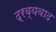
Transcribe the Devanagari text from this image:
द्रव्यवाद